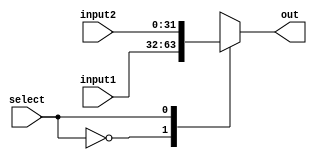
module MUX_2to1( input1 , input2, select, out );
  input [31:0] input1, input2;
  input select;
  output [31:0]out;
  reg [31:0]out;
  
  always @(input1 or input2 or select )
    begin 
      case(select)
       
          1'b0:   out=input1;
          1'b1:  out=input2;
          
      endcase
    end
 endmodule